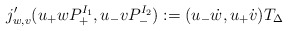
\begin{align*}j'_{w,v} (u_+ w P^{I_1}_+, u_- v P^{I_2}_-) := (u_- \dot{w}, u_+ \dot{v}) T_\Delta\end{align*}